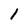
Character: 1